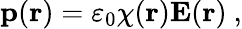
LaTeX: \mathbf{p}(\mathbf{r})=\varepsilon_{0}\chi(\mathbf{r})\mathbf{E}(\mathbf{r})\ ,